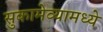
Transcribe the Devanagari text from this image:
सुकामेव्यामध्ये